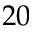
2 0